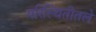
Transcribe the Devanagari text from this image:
परिस्थितीतले